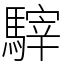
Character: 䮨